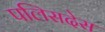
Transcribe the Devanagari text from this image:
पलिसदेस